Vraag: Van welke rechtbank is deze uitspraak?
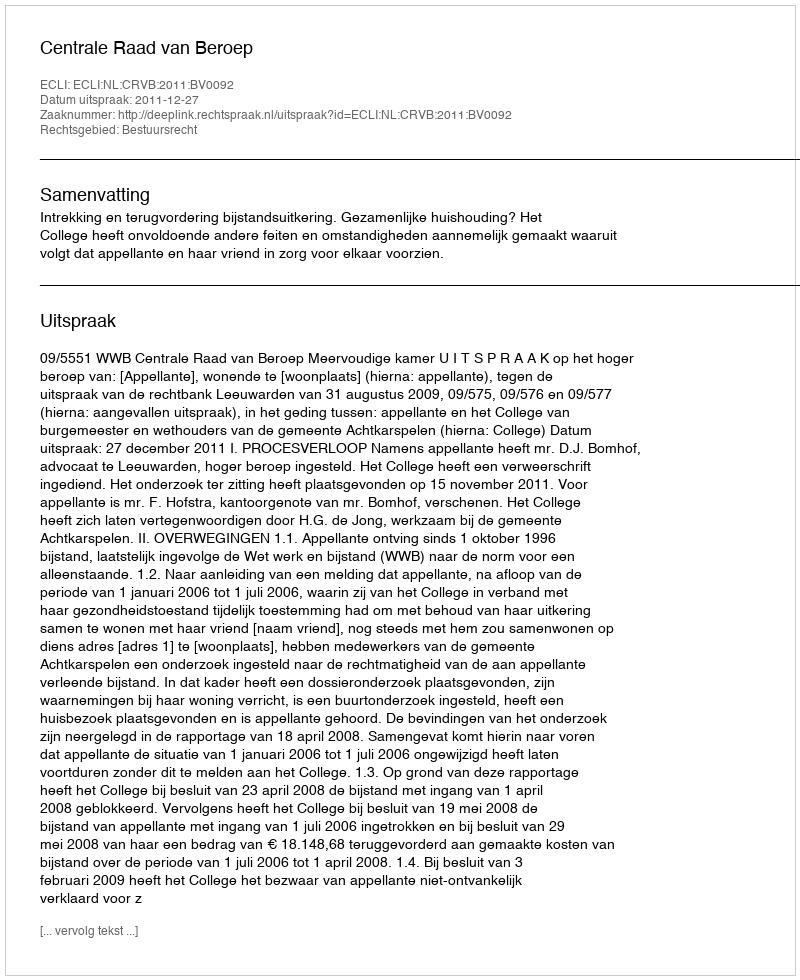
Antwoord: Centrale Raad van Beroep